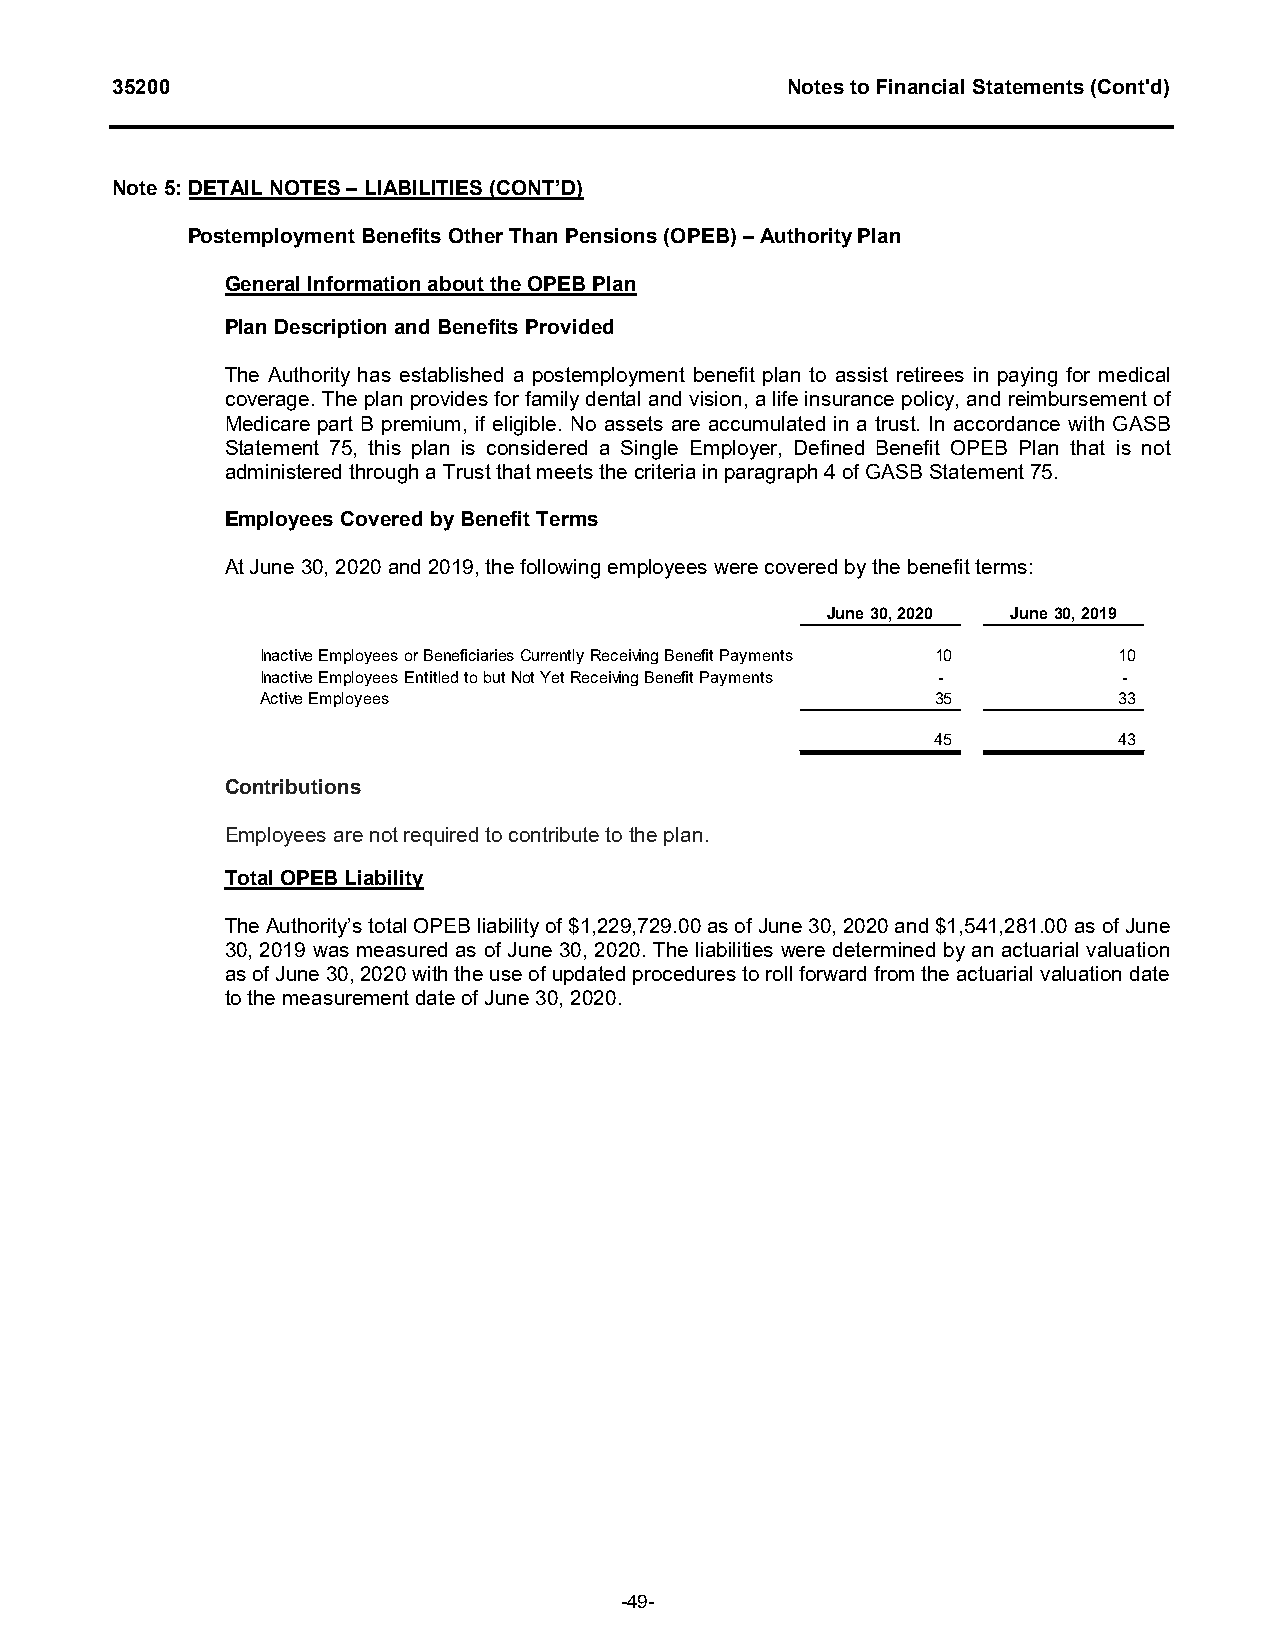
35200                                        Notes to Financial Statements (Cont'd)
 Note 5: DETAIL NOTES – LIABILITIES (CONT’D)
 Postemployment Benefits Other Than Pensions (OPEB) – Authority Plan
 General Information about the OPEB Plan
 Plan Description and Benefits Provided
 The Authority has established a postemployment benefit plan to assist retirees in paying for medical
 coverage. The plan provides for family dental and vision, a life insurance policy, and reimbursement of
 Medicare part B premium, if eligible. No assets are accumulated in a trust. In accordance with GASB
 Statement 75, this plan is considered a Single Employer, Defined Benefit OPEB Plan that is not
 administered through a Trust that meets the criteria in paragraph 4 of GASB Statement 75.
 Employees Covered by Benefit Terms
 At June 30, 2020 and 2019, the following employees were covered by the benefit terms:
 June 30, 2020 June 30, 2019
 Inactive Employees or Beneficiaries Currently Receiving Benefit Payments 10 10
 Inactive Employees Entitled to but Not Yet Receiving Benefit Payments - -
 Active Employees                             35          33
 45          43
 Contributions
 Employees are not required to contribute to the plan.
 Total OPEB Liability
 The Authority’s total OPEB liability of $1,229,729.00 as of June 30, 2020 and $1,541,281.00 as of June
 30, 2019 was measured as of June 30, 2020. The liabilities were determined by an actuarial valuation
 as of June 30, 2020 with the use of updated procedures to roll forward from the actuarial valuation date
 to the measurement date of June 30, 2020.
 -49-